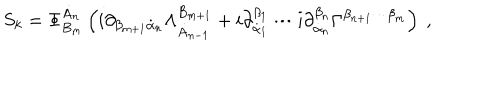
S _ { k } = \Phi _ { B _ { m } } ^ { \dot { A } _ { n } } \left( i \partial _ { \beta _ { m + 1 } \dot { \alpha } _ { n } } \Lambda _ { \dot { A } _ { n - 1 } } ^ { B _ { m + 1 } } + i \partial _ { \dot { \alpha } _ { 1 } } ^ { \beta _ { 1 } } \cdots i \partial _ { \dot { \alpha } _ { n } } ^ { \beta _ { n } } \Gamma ^ { \beta _ { n + 1 } \cdots \beta _ { m } } \right) \ ,